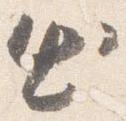
出